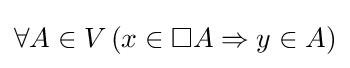
\forall A\in V\,(x\in \Box A\Rightarrow y\in A)